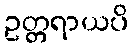
ဥတ္တရာယပိ